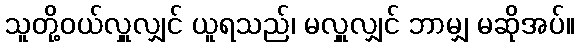
သူတို့ဝယ်လှူလျှင် ယူရသည်၊ မလှူလျှင် ဘာမျှ မဆိုအပ်။